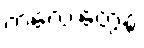
ကလေးတွေနဲ့